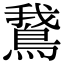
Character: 鵞